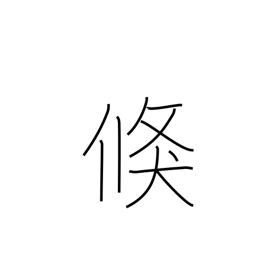
Meaning: prompt